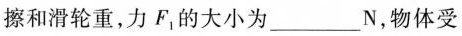
擦和滑轮重，力F_{1}的大小为___N，物体受